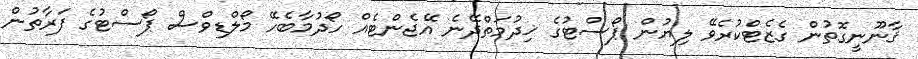
ޤާނޫނީގޮތުން ގެޒެޓްކުރެވޭ ލިޔުން ޕޯސްޓުގެ ޚިދުމަތްދޭނެ އޭޖެންޓެއް ހޯދުމާބެހޭ މޯލްޑިވްސް ޕޯސްޓުގެ ފަރާތުން